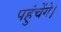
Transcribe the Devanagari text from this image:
पहुंचेंगे।